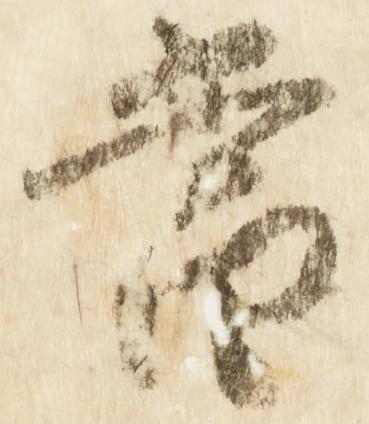
当